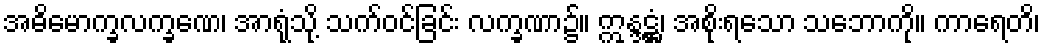
အဓိမောက္ခလက္ခဏေ၊ အာရုံသို့ သက်ဝင်ခြင်း လက္ခဏာ၌။ ဣန္ဒဋ္ဌံ၊ အစိုးရသော သဘောကို။ ကာရေတိ၊